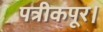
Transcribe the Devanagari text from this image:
पत्रीकपूर।